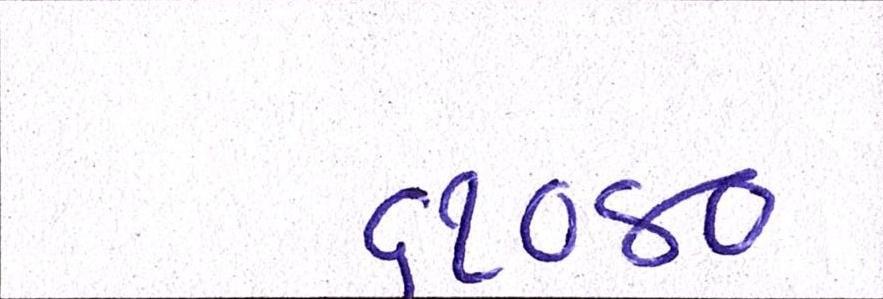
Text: ૬૧૦૪૦